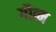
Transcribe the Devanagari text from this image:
गौत्म